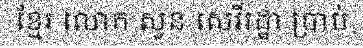
ខ្មែរ លោក សួន សេរីរដ្ឋា ប្រាប់